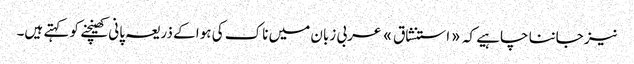
نیز جاننا چاہیے کہ «استنشاق» عربی زبان میں ناک کی ہوا کے ذریعہ پانی کھینچنے کو کہتے ہیں۔